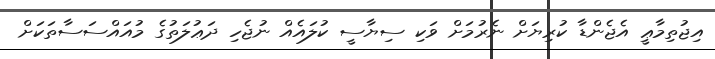
އިޖުތިމާޢީ އެޖެންޑާ ކުރިޔަށް ނެރުމަށް ވަކި ސިޔާސީ ކުލައެއް ނުޖެހި ދަޢުލަތުގެ މުއައްސަސާތަކަށް